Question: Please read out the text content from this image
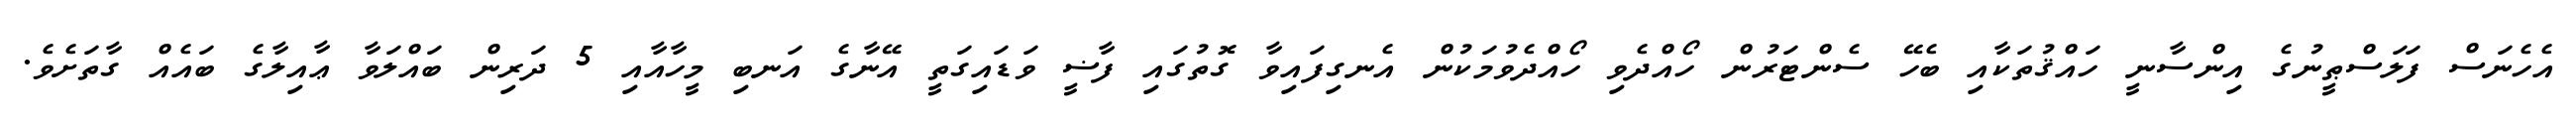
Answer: އެހެނަސް ފަލަސްޠީނުގެ އިންސާނީ ހައްޤުތަކާއި ބެހޭ ސެންޓަރުން ހޯއްދެވި ހޯއްދެވުމަކުން އެނގިފައިވާ ގޮތުގައި ފާޟީ ވަޑައިގަތީ އޭނާގެ އަނބި މީހާއާއި 5 ދަރިން ބައްލަވާ ޢާއިލާގެ ބައެއް ގާތަށެވެ.